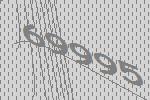
69995